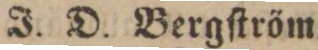
J. D. Bergſtröm.